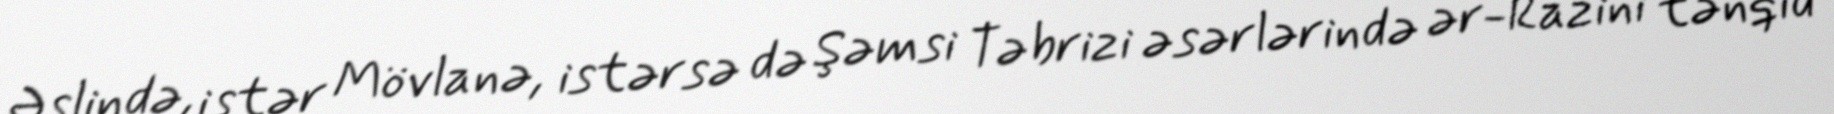
Əslində, istər Mövlanə, istərsə də Şəmsi Təbrizi əsərlərində ər-Razini tənqid